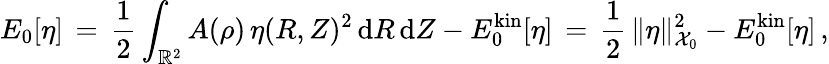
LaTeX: E_{0}[\eta]\, =\, \frac 12\int_{\mathbb{R}^{2}}A(\rho)\, \eta(R,Z)^{2}\, \mathrm{d}R\, \mathrm{d}Z-E_{0}^{\mathrm{kin}}[\eta]\, =\, \frac 12\, \| \eta\| _{\mathcal{X}_{0}}^{2}-E_{0}^{\mathrm{kin}}[\eta]\, ,